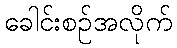
ခေါင်းစဉ်အလိုက်